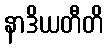
နာဒိယတီတိ